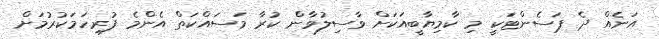
އަނެއް ދެ ޕަސެންޓަކީ މި ކާމިޔާބީއަކަށް ވާސިލުވާން ކުރާ މަސައްކަތް އެންމެ ފުރިހަމަކުރުމަށް